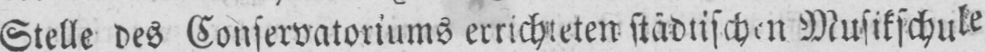
Stelle des Konservatoriums errichteten städtischen Musikschule